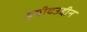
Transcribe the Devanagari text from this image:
हमीदउद्दीन